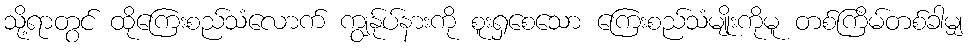
သို့ရာတွင် ထိုကြေးစည်သံလောက် ကျွန်ုပ်နားကို စူးရှစေသော ကြေးစည်သံမျိုးကိုမူ တစ်ကြိမ်တစ်ခါမျှ